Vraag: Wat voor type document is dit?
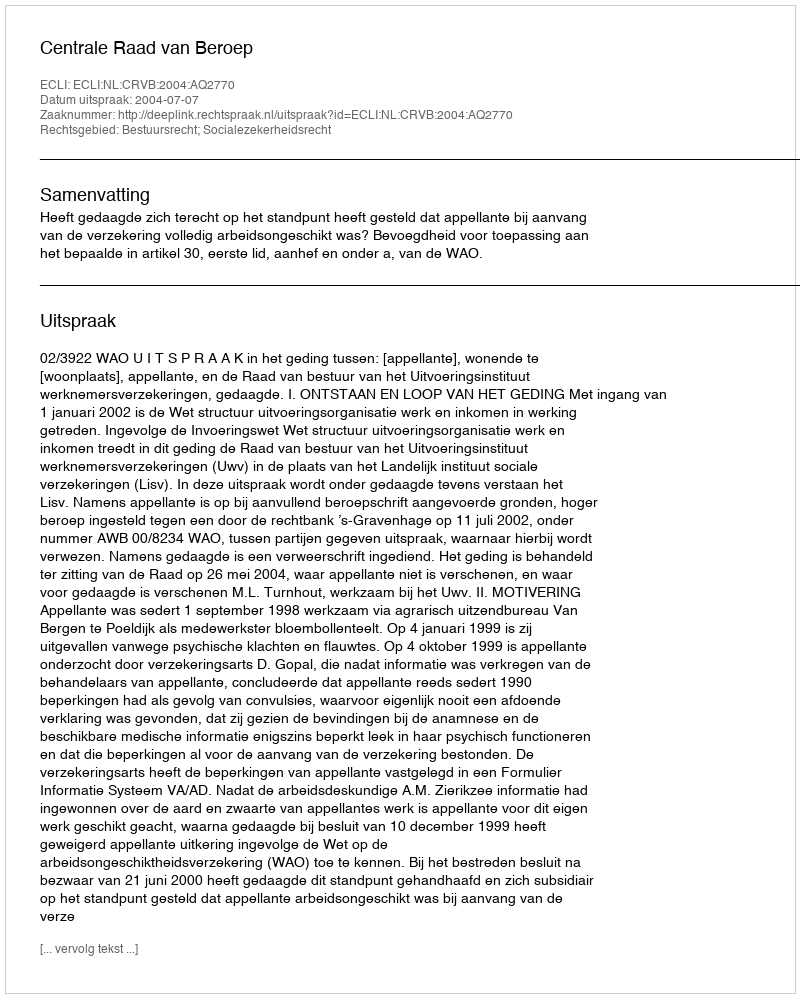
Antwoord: Uitspraak